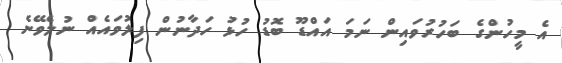
އެ މީހުންގެ ބަހުރުވައިން ނަމަ އައްޑޫ ބޮޑު ހުޅު ހަދާނުން ފިލުވައެއް ނުލެވޭނެ